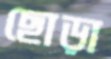
ছোড়া